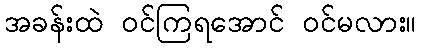
အခန်းထဲ ဝင်ကြရအောင် ဝင်မလား။